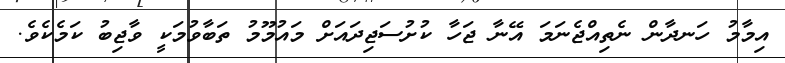
އިމާމު ހަނދާން ނެތިއްޖެނަމަ އޭނާ ޖަހާ ކުށުސަޖިދައަށް މައުމޫމު ތަބާވުމަކީ ވާޖިބު ކަމެކެވެ.